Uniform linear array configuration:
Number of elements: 16
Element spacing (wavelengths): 0.5
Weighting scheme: cosine
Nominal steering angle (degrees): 0
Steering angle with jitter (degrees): -1.119
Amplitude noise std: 0.05
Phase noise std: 0.05

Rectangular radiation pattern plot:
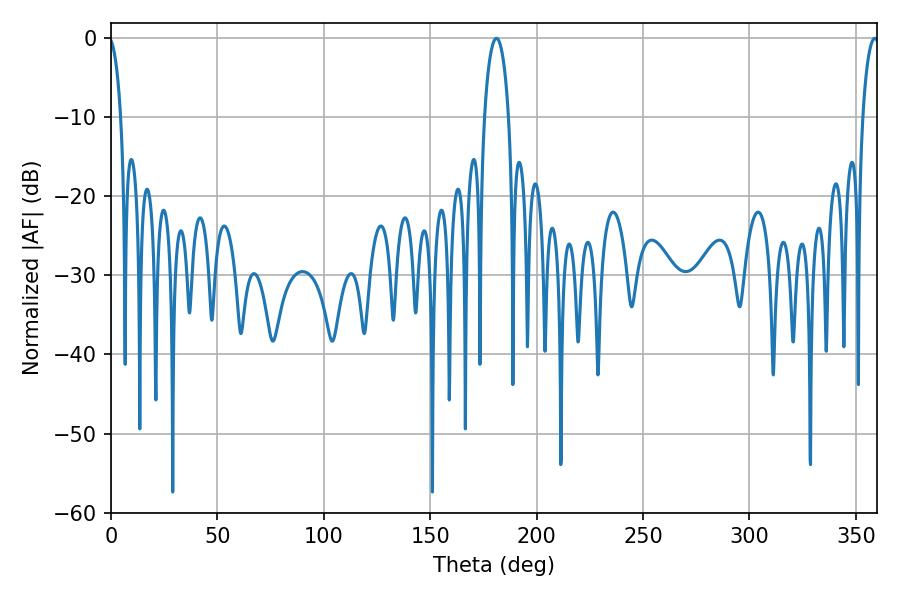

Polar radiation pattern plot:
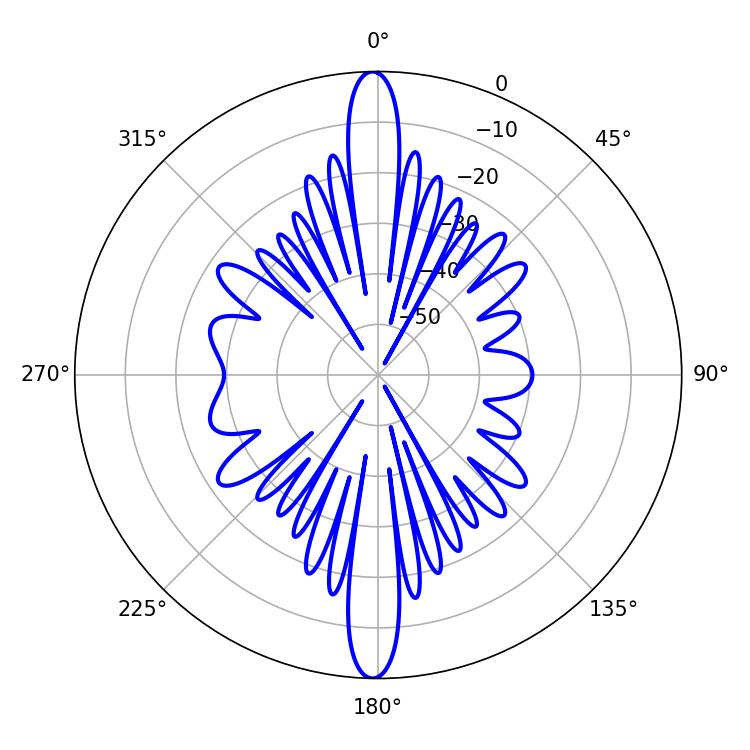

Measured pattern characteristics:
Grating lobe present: FALSE
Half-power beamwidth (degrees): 6.48
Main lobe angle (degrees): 181.08